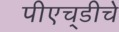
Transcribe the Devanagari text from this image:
पीएच्‌डीचे